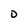
Character: D